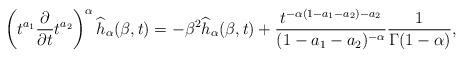
LaTeX: \begin{align*} \left(t^{a_1}\frac{\partial}{\partial t}t^{a_2}\right)^{\alpha} \widehat{h}_{\alpha}(\beta,t)= -\beta^2 \widehat{h}_{\alpha}(\beta,t)+\frac{t^{-\alpha(1-a_1-a_2)-a_2}}{(1-a_1-a_2)^{-\alpha}} \frac{1}{\Gamma(1-\alpha)}, \end{align*}